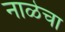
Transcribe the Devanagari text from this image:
नाळेचा